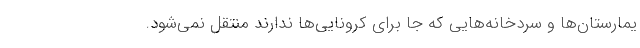
یمارستان‌ها و سردخانه‌هایی که جا برای کرونایی‌ها ندارند منتقل نمی‌شود.